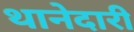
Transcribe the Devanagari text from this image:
थानेदारी